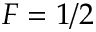
F = 1 / 2